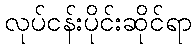
လုပ်ငန်းပိုင်းဆိုင်ရာ